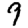
Digit: 9